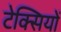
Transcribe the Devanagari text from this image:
टेक्सियों